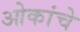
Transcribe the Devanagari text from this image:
ओकांचे